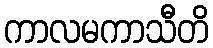
ကာလမကာသီတိ